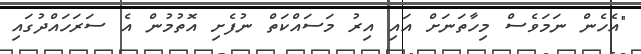
"އެހެން ނަމަވެސް މިހާތަނަށް އައި އިރު މަސައްކަތް ނުފެށި އޮތުމުން އެ ސަރަހައްދުގައި